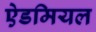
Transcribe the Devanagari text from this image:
ऐडमियल